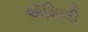
ઍમિલી